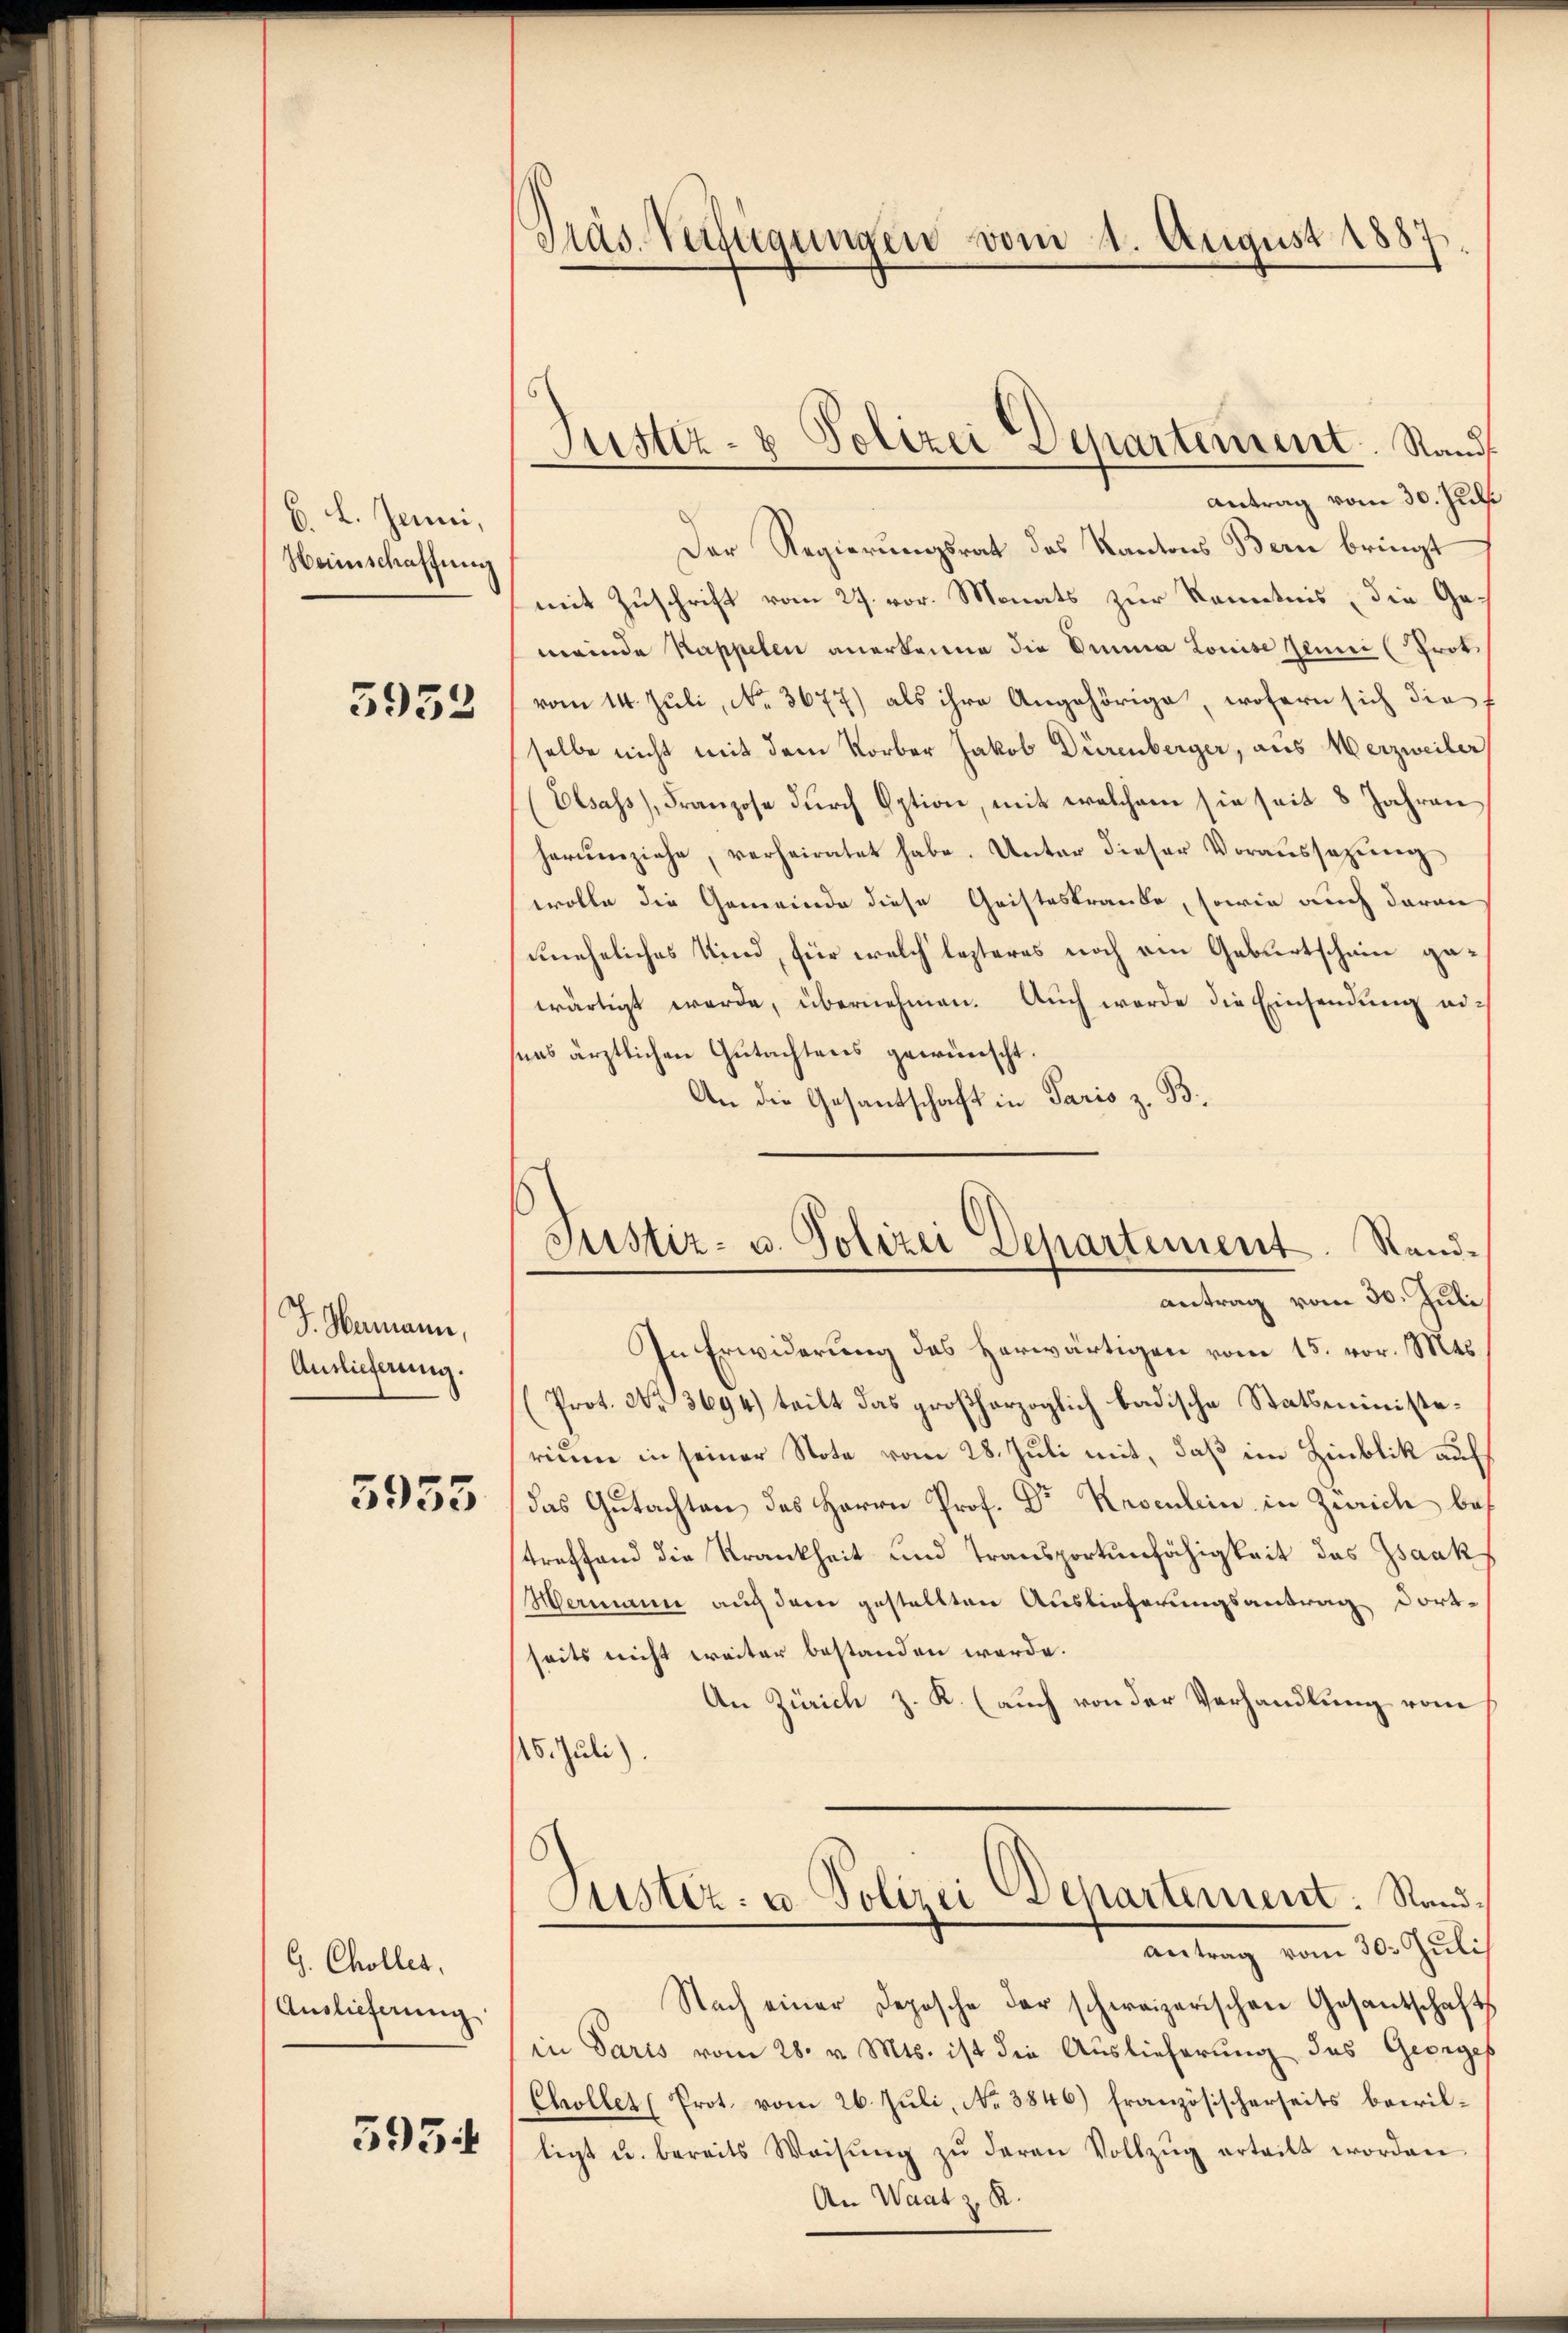
6. L. Junii,
Weinschaffung

3953

J. Hermann,
Auslieferung.

5955

G. Cholles,
Auslieferung

595

Präs. Verfügungen vom 1. August 1887.

Antrag vom 30. Juli
Der Regierungsrat des Kantons Bern bringt
mit Zuschrift vom 27. vor. Monats zur Kenntnis, die Gemeinde Kappelen anerkenne die Omnia Louise Jenni (Prok.
vom 14. Juli, No. 3677) als ihre Angehörige, wofern sich die f
selbe nicht mit dem Korber Jakob Dürenberger, aus Werzweiler
Elsass), Franzose durch Option, mit welchem sie seit 8 Jahren
herumziehe, verheiratet habe. Unter dieser Voraussazung
wolle die Gemeinde diese Geisteskranke, sowie auch daran
uneheliches Kind, für welch lezteres noch am Geburtschein gewärtigt werde, übernehmen. Aŭch werde die Einsendŭng auch
snas ärztlichen Gutachtens gewünscht.
An die Gesantschaft in Paris z. B.
In Erwiderung des Herwärtigen vom 15. vor. Mts.
Prot. No. 3694) teilt das großherzoglich badische Statsministerium in seiner Note vom 28. Juli mit, daß im Hinblik auf
das Gutachten des Herrn Prof. Dr Kasenlein in Zürich bes
treffend die Krankheit und Transportenfähigkeit des Isaak
Hermann auf dem gestellten Auslieferungsantrag dortseits nicht weiter bestanden werde.
An Zürich z. K. (auch von der Verhandlung vom
115. Juli)
Justiz- u. Polici Departement: Stand¬
.
antrag vom 30. Juli
Nach einer Deposche der schweizerischen Gesantschafts
in Paris vom 28. v. Mts. ist die Auslieferung des Georges
Chollet (Prot. vom 26. Juli, No 3846) Französischerseits bewilligt u. bereits Weisŭng zŭ deren Vollzŭg erteilt worden.
An Waat z. R.

Justiz- & Polizei Departement. Stand

Justiz- u. Polizei Departement. Randantrag vom 30. Juli